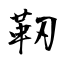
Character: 靭